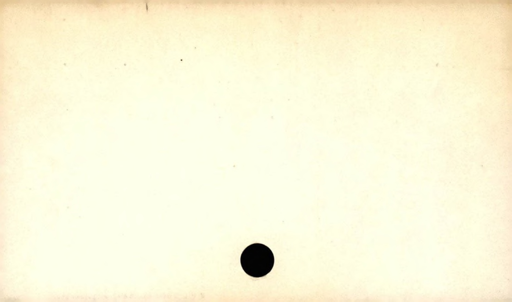
Label: blank